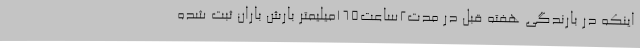
اینکه در بارندگی هفته قبل در مدت2ساعت165میلیمتر بارش باران ثبت شده